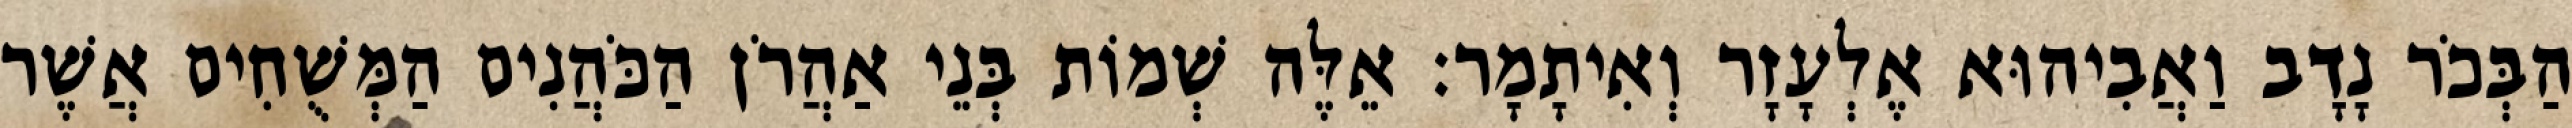
הַבְּכֹר נָדָב וַאֲבִיהוּא אֶלְעָזָר וְאִיתָמָר׃ אֵלֶּה שְׁמוֹת בְּנֵי אַהֲרֹן הַכֹּהֲנִים הַמְּשֻׁחִים אֲשֶׁר